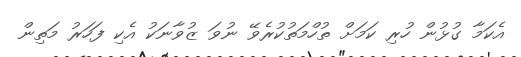
އެކަމާ ގުޅުން ހުރި ކަމަށް ތުހްމަތުކުރެވޭ ނުވަ ޒުވާނަކު އެކި ފަހަރު މަތިން